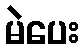
မဲပေး